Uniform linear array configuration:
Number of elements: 8
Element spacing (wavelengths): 0.5
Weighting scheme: uniform
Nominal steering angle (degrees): -15
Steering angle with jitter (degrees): -16.28
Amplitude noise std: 0.05
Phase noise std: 0.05

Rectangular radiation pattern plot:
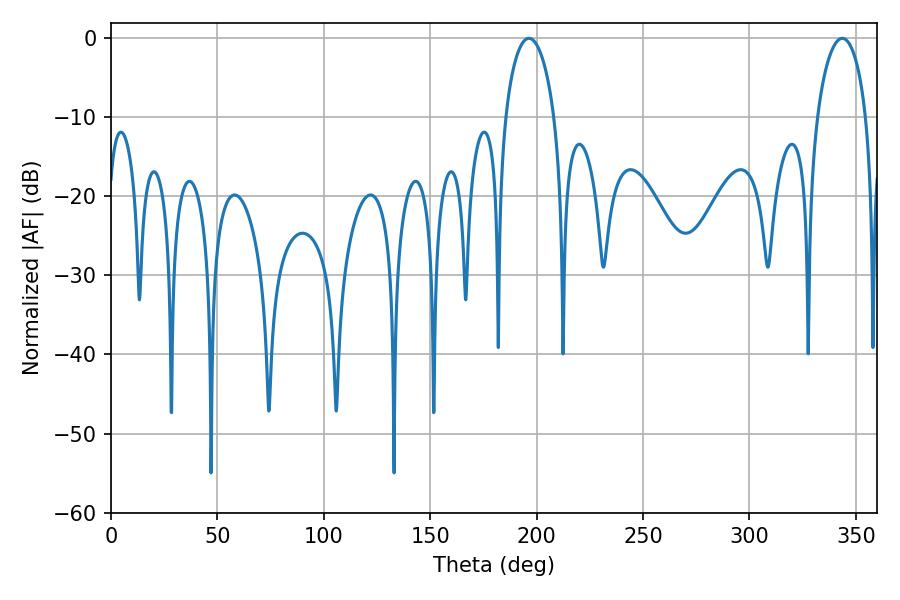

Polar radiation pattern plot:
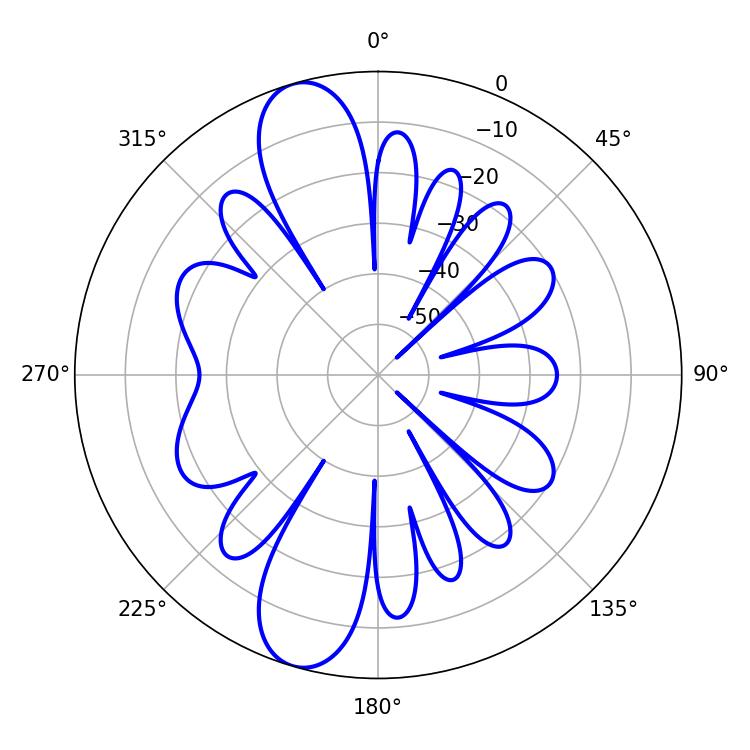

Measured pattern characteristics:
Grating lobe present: FALSE
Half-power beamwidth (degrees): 13.32
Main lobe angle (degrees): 196.38